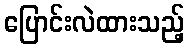
ပြောင်းလဲထားသည့်